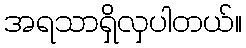
အရသာရှိလှပါတယ်။